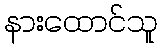
နားထောင်သူ